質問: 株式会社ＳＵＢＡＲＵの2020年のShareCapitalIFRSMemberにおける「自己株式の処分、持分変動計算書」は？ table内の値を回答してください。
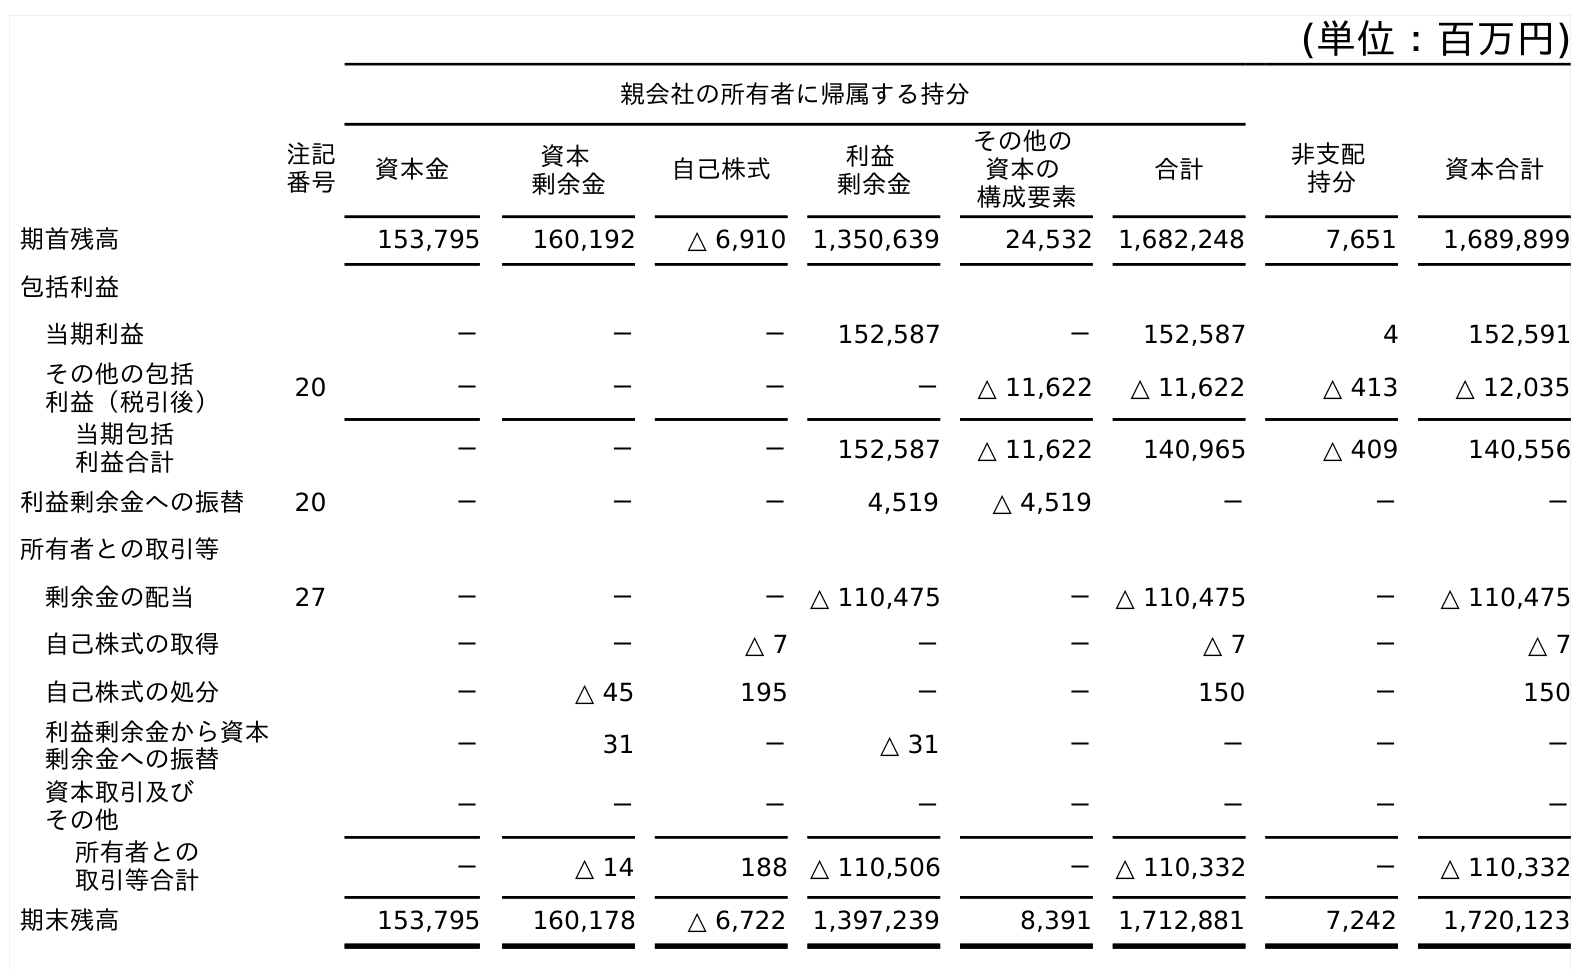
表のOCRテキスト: (単位：百万円) 親会社の所有者に帰属する持分 注記 番号 資本金 資本 剰余金 自己株式 利益 剰余金 その他の 資本の 構成要素 合計 非支配 持分 資本合計 期首残高 153,795 160,192 △ 6,910 1,350,639 24,532 1,682,248 7,651 1,689,899 包括利益 当期利益 － － － 152,587 － 152,587 4 152,591 その他の包括 利益（税引後） 20 － － － － △ 11,622 △ 11,622 △ 413 △ 12,035 当期包括 利益合計 － － － 152,587 △ 11,622 140,965 △ 409 140,556 利益剰余金への振替 20 － － － 4,519 △ 4,519 － － － 所有者との取引等 剰余金の配当 27 － － － △ 110,475 － △ 110,475 － △ 110,475 自己株式の取得 － － △ 7 － － △ 7 － △ 7 自己株式の処分 － △ 45 195 － － 150 － 150 利益剰余金から資本 剰余金への振替 － 31 － △ 31 － － － － 資本取引及び その他 － － － － － － － － 所有者との 取引等合計 － △ 14 188 △ 110,506 － △ 110,332 － △ 110,332 期末残高 153,795 160,178 △ 6,722 1,397,239 8,391 1,712,881 7,242 1,720,123
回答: －